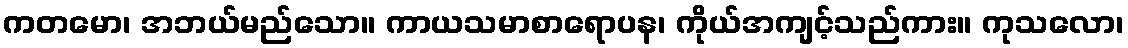
ကတမော၊ အဘယ်မည်သော။ ကာယသမာစာရောပန၊ ကိုယ်အကျင့်သည်ကား။ ကုသလော၊